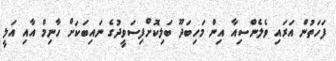
ފަހަތުން އަރައި ވެލެންސިއާ އިން މަހިބަދޫ ބަލިކޮށްފިސަވީދުގެ ނައިބަކަށް ހާނިމް އާއި އަލީ